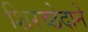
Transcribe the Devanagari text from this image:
शिरच्छेदाने